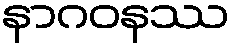
နာဂဝနဿ